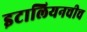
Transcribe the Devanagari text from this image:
इटालियनचीच